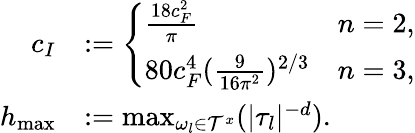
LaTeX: \begin{array}{rl}{c_{I}}&{:=\left\{ \begin{array}{ll}{\frac{18c_{F}^{2}}{\pi}}&{n=2,}\\ {80c_{F}^{4}(\frac{9}{16\pi^{2}})^{2/3}}&{n=3,}\end{array}\right.}\\ {h_{\operatorname*{max}}}&{:=\operatorname*{max}_{\omega_{l}\in\mathcal{T}^{x}}(|\tau_{l}|^{-d}).}\end{array}